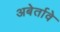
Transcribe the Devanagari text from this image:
अबेर्तावे